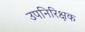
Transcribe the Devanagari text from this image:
उपनिरिक्षक